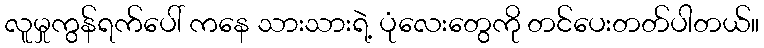
လူမှုကွန်ရက်ပေါ် ကနေ သားသားရဲ့ ပုံလေးတွေကို တင်ပေးတတ်ပါတယ်။